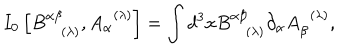
I _ { 0 } \left[ B _ { ( \lambda ) } ^ { \alpha \beta } , A _ { \alpha } ^ { \; \; ( \lambda ) } \right] = \int d ^ { 3 } x B _ { ( \lambda ) } ^ { \alpha \beta } \partial _ { \alpha } A _ { \beta } ^ { \; \; ( \lambda ) } ,